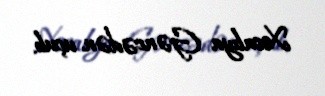
Xocalıya Gəncədən uçub.